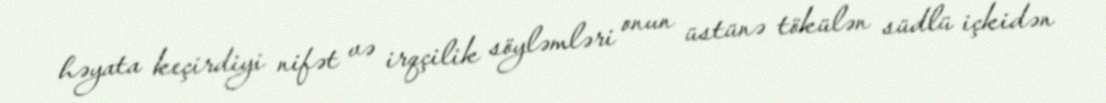
həyata keçirdiyi nifət və irqçilik söyləmləri onun üstünə tökülən südlü içkidən